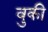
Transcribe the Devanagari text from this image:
वुकी